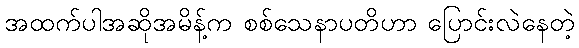
အထက်ပါအဆိုအမိန့်က စစ်သေနာပတိဟာ ပြောင်းလဲနေတဲ့